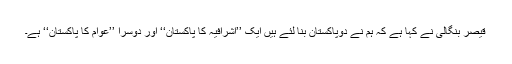
قیصر بنگالی نے کہا ہے کہ ہم نے دوپاکستان بنا لئے ہیں ایک ’’اشرافیہ کا پاکستان‘‘ اور دوسرا ’’عوام کا پاکستان‘‘ ہے۔